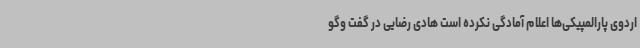
اردوی پارالمپیکی‌ها اعلام آمادگی نکرده است هادی رضایی در گفت‌ وگو